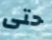
حتى